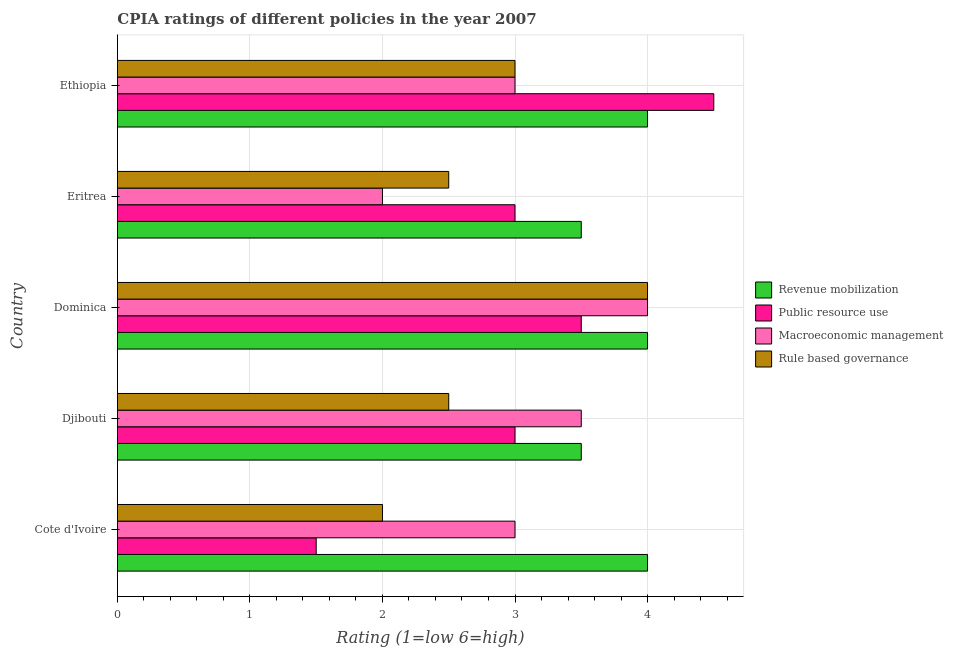
| Country | Revenue mobilization | Public resource use | Macroeconomic management | Rule based governance |
 | --- | --- | --- | --- | --- |
 | Cote d'Ivoire | 4 | 1.5 | 3 | 2 |
 | Djibouti | 3.5 | 3 | 3.5 | 2.5 |
 | Dominica | 4 | 3.5 | 4 | 4 |
 | Eritrea | 3.5 | 3 | 2 | 2.5 |
 | Ethiopia | 4 | 4.5 | 3 | 3 |